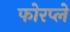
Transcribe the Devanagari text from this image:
फोरप्ले